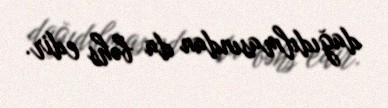
dağıdılmasından da bəhs edir.